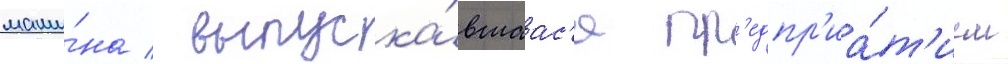
маши́на / выпуска́вшаас'я пр'едпр'иа́т'ием